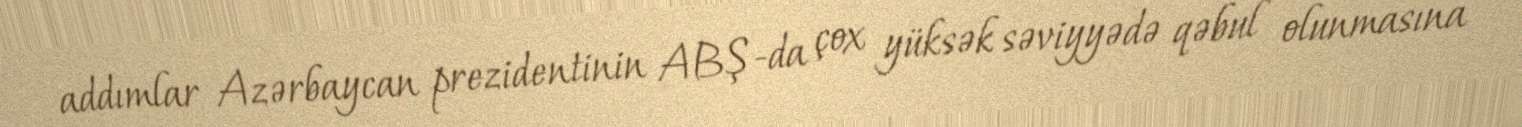
addımlar Azərbaycan prezidentinin ABŞ-da çox yüksək səviyyədə qəbul olunmasına